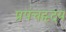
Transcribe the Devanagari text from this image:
प्रपंचहृदय